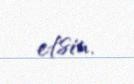
etsin.